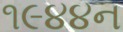
૧૯૪૪ન